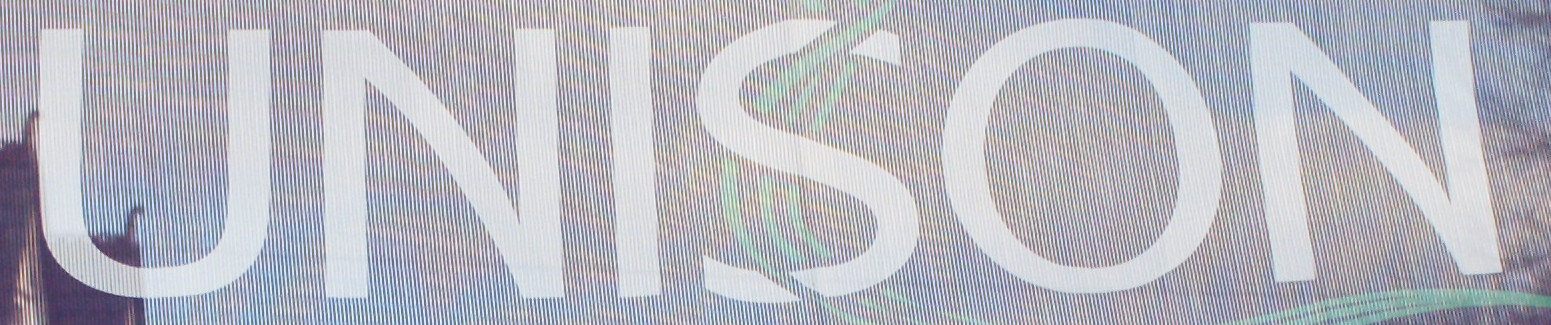
UNISON